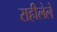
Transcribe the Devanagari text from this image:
राहीलेले